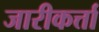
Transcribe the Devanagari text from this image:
जारीकर्त्ता